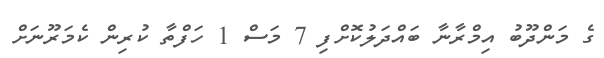
ގެ މަންދޫބު އިމްރާނާ ބައްދަލުކޮށްފި 7 މަސް 1 ހަފްތާ ކުރިން ކެމަރޫނަށް